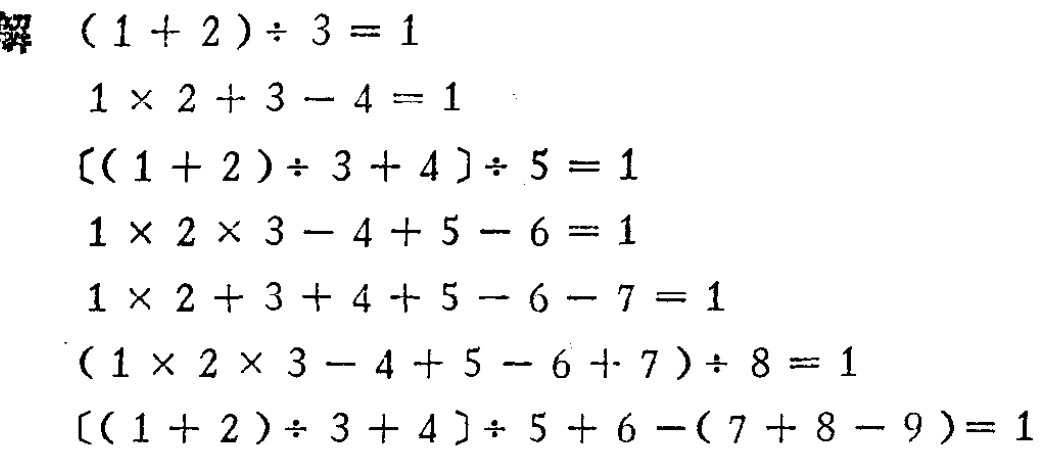
```

解

\((1 + 2)\div 3 = 1\)

\(1\times 2 + 3 - 4 = 1\)

\([(1 + 2)\div 3 + 4]\div 5 = 1\)

\(1\times 2\times 3 - 4 + 5 - 6 = 1\)

\(1\times 2 + 3 + 4 + 5 - 6 - 7 = 1\)

\((1\times 2\times 3 - 4 + 5 - 6 + 7)\div 8 = 1\)

\([(1 + 2)\div 3 + 4]\div 5 + 6 -(7 + 8 - 9)= 1\)

```